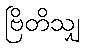
ဗြိတိသျှ